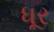
ધૂર